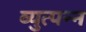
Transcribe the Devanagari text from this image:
व्युत्‍पन्‍न